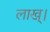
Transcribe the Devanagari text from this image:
लाख्।